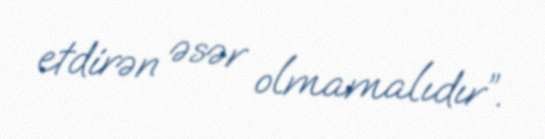
etdirən əsər olmamalıdır”.